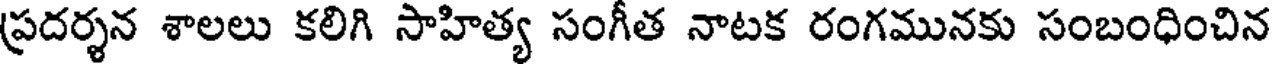
ప్రదర్శన శాలలు కలిగి సాహిత్య సంగీత నాటక రంగమునకు సంబంధించిన